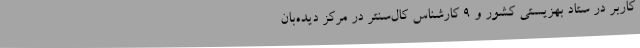
کاربر در ستاد بهزیستی کشور و ۹ کارشناس کال‌سنتر در مرکز دیده‌بان